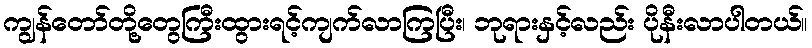
ကျွန်တော်တို့တွေကြီးထွားရင့်ကျက်လာကြပြီး၊ ဘုရားနှင့်လည်း ပိုနီးလာပါတယ်။